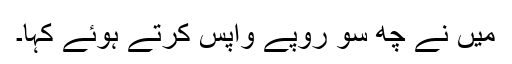
میں نے چھ سو روپے واپس کرتے ہوئے کہا۔